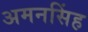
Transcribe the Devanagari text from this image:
अमनसिंह